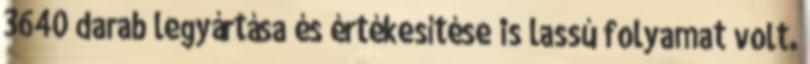
3640 darab legyártása és értékesítése is lassú folyamat volt.